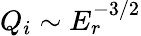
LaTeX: Q_{i}\sim E_{r}^{-3/2}